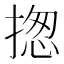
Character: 揔